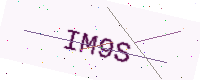
Text: IM9S